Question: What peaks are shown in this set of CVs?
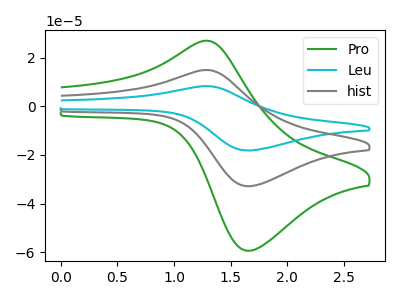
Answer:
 <answer>The green curve "Pro" has an anodic peak at (1.25V, 26.90uA) and a cathodic peak at (1.65V, -59.35uA). The cyan curve "Leu" has an anodic peak at (1.25V, 29.75uA) and a cathodic peak at (1.65V, -65.70uA). The gray curve "hist" has an anodic peak at (1.25V, 14.90uA) and a cathodic peak at (1.65V, -32.85uA).</answer>
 <eval></eval>